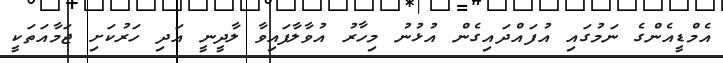
އެމްޑީއެންގެ ނަމުގައި އުފައްދައިގެން އުޅުނު މިހާރު އުވާލާފައިވާ ލާދީނީ އަދި ހަރުކަށި ޖަމާއަތަކީ